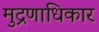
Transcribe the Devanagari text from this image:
मुद्रणाधिकार